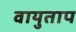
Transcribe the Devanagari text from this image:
वायुताप